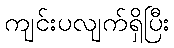
ကျင်းပလျက်ရှိပြီး